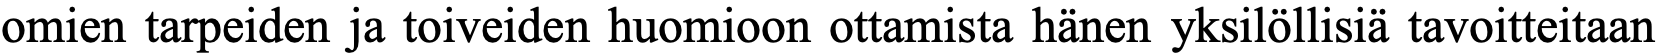
omien tarpeiden ja toiveiden huomioon ottamista hänen yksilöllisiä tavoitteitaan